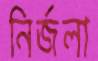
নির্জলা